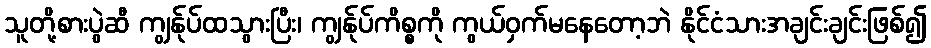
သူတို့စားပွဲဆီ ကျွန်ုပ်ထသွားပြီး၊ ကျွန်ုပ်ကိစ္စကို ကွယ်ဝှက်မနေတော့ဘဲ နိုင်ငံသားအချင်းချင်းဖြစ်၍